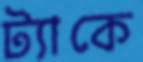
ট্যাকে